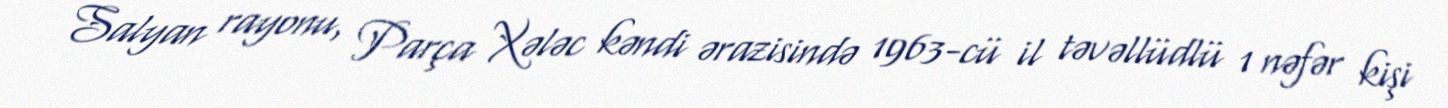
Salyan rayonu, Parça Xələc kəndi ərazisində 1963-cü il təvəllüdlü 1 nəfər kişi